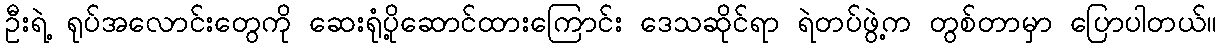
ဦးရဲ့ ရုပ်အလောင်းတွေကို ဆေးရုံပို့ဆောင်ထားကြောင်း ဒေသဆိုင်ရာ ရဲတပ်ဖွဲ့က တွစ်တာမှာ ပြောပါတယ်။